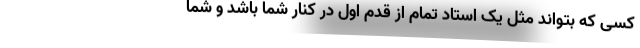
کسی که بتواند مثل یک استاد تمام از قدم اول در کنار شما باشد و شما